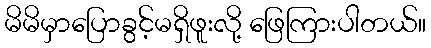
မိမိမှာပြောခွင့်မရှိဖူးလို့ ဖြေကြားပါတယ်။